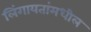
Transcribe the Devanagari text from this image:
लिंगायतांमधील